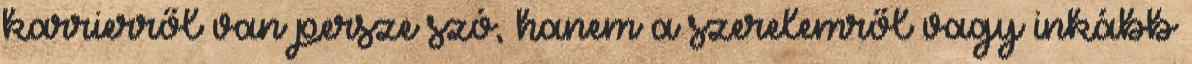
karrierről van persze szó, hanem a szerelemről vagy inkább